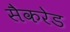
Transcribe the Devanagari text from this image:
सैकरेड